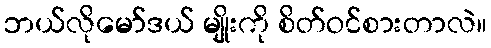
ဘယ်လိုမော်ဒယ် မျိုးကို စိတ်ဝင်စားတာလဲ။